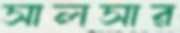
সালসার